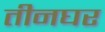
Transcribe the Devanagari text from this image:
तीनघर